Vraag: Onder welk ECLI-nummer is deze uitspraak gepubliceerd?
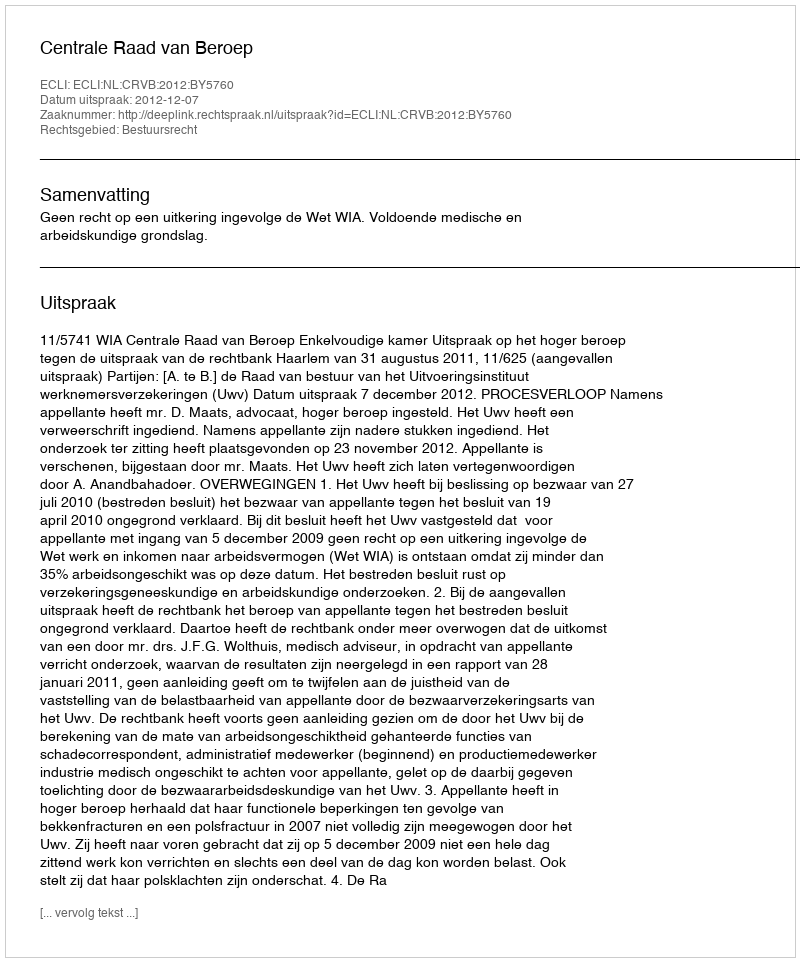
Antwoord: ECLI:NL:CRVB:2012:BY5760